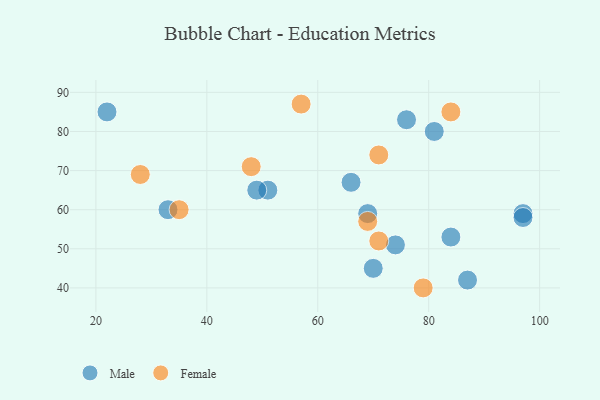
{"axis": {"x": "GDP", "y": "Life Expectancy"}, "legend": ["Female", "Male"], "data": [{"x": "97", "y": 59, "type": "Male"}, {"x": "97", "y": 58, "type": "Male"}, {"x": "66", "y": 67, "type": "Male"}, {"x": "84", "y": 53, "type": "Male"}, {"x": "87", "y": 42, "type": "Male"}, {"x": "51", "y": 65, "type": "Male"}, {"x": "69", "y": 59, "type": "Male"}, {"x": "49", "y": 65, "type": "Male"}, {"x": "81", "y": 80, "type": "Male"}, {"x": "70", "y": 45, "type": "Male"}, {"x": "33", "y": 60, "type": "Male"}, {"x": "22", "y": 85, "type": "Male"}, {"x": "76", "y": 83, "type": "Male"}, {"x": "74", "y": 51, "type": "Male"}, {"x": "57", "y": 87, "type": "Female"}, {"x": "69", "y": 57, "type": "Female"}, {"x": "84", "y": 85, "type": "Female"}, {"x": "35", "y": 60, "type": "Female"}, {"x": "28", "y": 69, "type": "Female"}, {"x": "79", "y": 40, "type": "Female"}, {"x": "71", "y": 74, "type": "Female"}, {"x": "48", "y": 71, "type": "Female"}, {"x": "71", "y": 52, "type": "Female"}]}